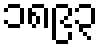
၁၈၉၃